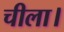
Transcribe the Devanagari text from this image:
चीला।